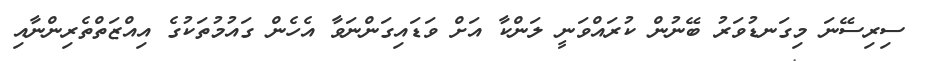
ސިރިސޭނަ މިގަނޑުވަރު ބޭނުން ކުރައްވަނީ ލަންކާ އަށް ވަޑައިގަންނަވާ އެހެން ގައުމުތަކުގެ އިއްޒަތްތެރިންނާއި